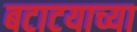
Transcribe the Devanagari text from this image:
बटाटयाच्या